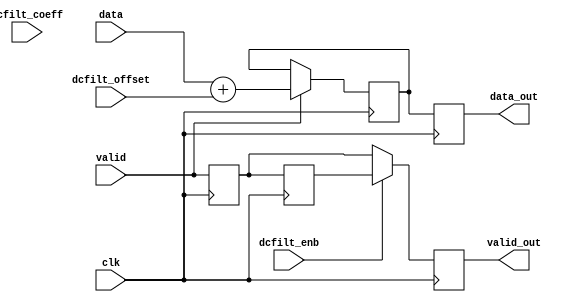
module ad_dcfilter (

  // data interface

  clk,
  valid,
  data,
  valid_out,
  data_out,

  // control interface

  dcfilt_enb,
  dcfilt_coeff,
  dcfilt_offset);

  // data interface

  input           clk;
  input           valid;
  input   [15:0]  data;
  output          valid_out;
  output  [15:0]  data_out;

  // control interface

  input           dcfilt_enb;
  input   [15:0]  dcfilt_coeff;
  input   [15:0]  dcfilt_offset;

  // internal registers

  reg             valid_d = 'd0;
  reg     [15:0]  data_d = 'd0;
  reg             valid_2d = 'd0;
  reg     [15:0]  data_2d = 'd0;
  reg             valid_out = 'd0;
  reg     [15:0]  data_out = 'd0;



  // cancelling the dc offset

  always @(posedge clk) begin
    dc_offset <= 16'h0;
    valid_d <= valid;
    if (valid == 1'b1) begin
      data_d <= data + dcfilt_offset;
    end
    valid_2d <= valid_d;
    data_2d <= data_d - dc_offset;
    if (dcfilt_enb == 1'b1) begin
      valid_out <= valid_2d;
      data_out <= data_d; // DC filter not implemented in this version
    end else begin
      valid_out <= valid_d;
      data_out <= data_d;
    end
  end

endmodule